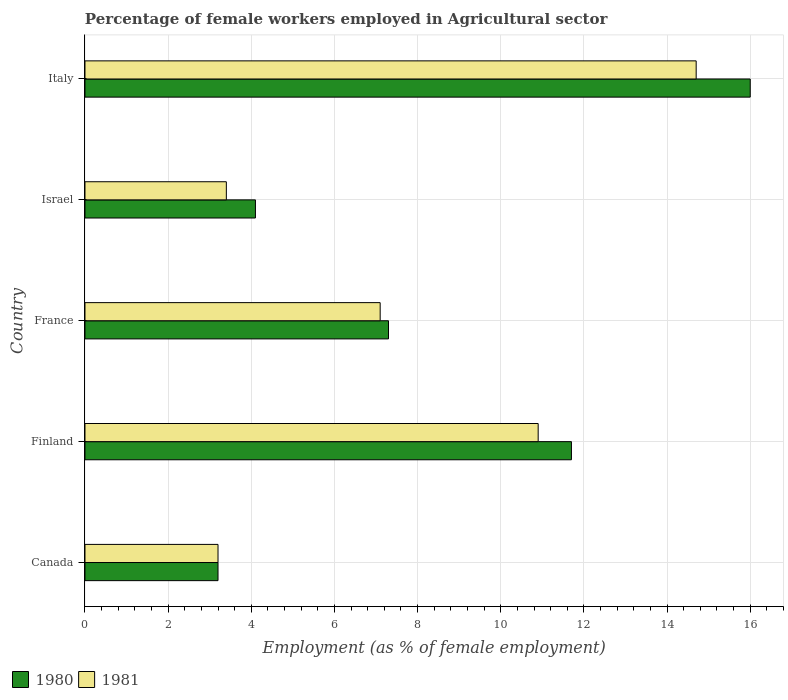
| Country | 1980 | 1981 |
 | --- | --- | --- |
 | Canada | 3.2 | 3.2 |
 | Finland | 11.7 | 10.9 |
 | France | 7.3 | 7.1 |
 | Israel | 4.1 | 3.4 |
 | Italy | 16 | 14.7 |